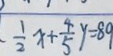
\frac { 1 } { 2 } x + \frac { 4 } { 5 } y = 8 9